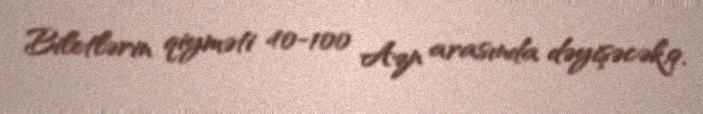
Biletlərin qiyməti 40-100 Azn arasında dəyişəcək.9.